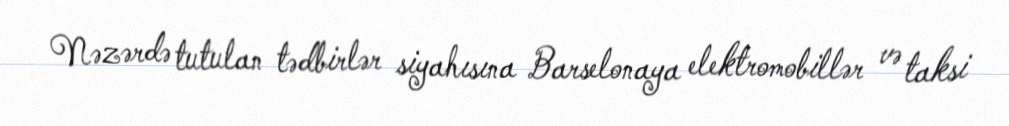
Nəzərdə tutulan tədbirlər siyahısına Barselonaya elektromobillər və taksi